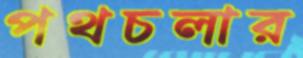
পথচলার